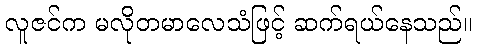
လူဇင်က မလိုတမာလေသံဖြင့် ဆက်ရယ်နေသည်။